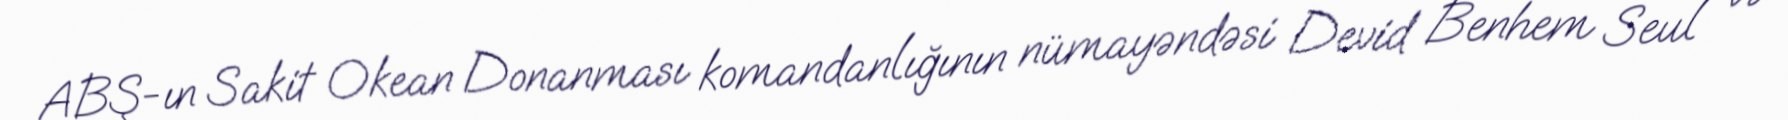
ABŞ-ın Sakit Okean Donanması komandanlığının nümayəndəsi Devid Benhem Seul və